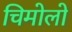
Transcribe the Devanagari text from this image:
चिमोलो